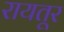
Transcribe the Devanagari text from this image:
रायतूर